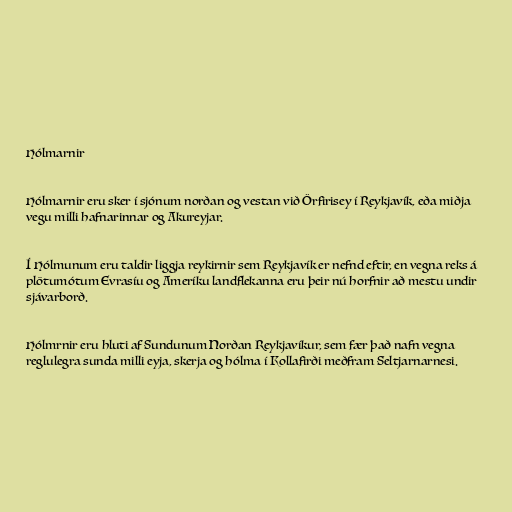
Hólmarnir

Hólmarnir eru sker í sjónum norðan og vestan við Örfirisey í Reykjavík, eða miðja
vegu milli hafnarinnar og Akureyjar.

Í Hólmunum eru taldir liggja reykirnir sem Reykjavík er nefnd eftir, en vegna reks á
plötumótum Evrasíu og Ameríku landflekanna eru þeir nú horfnir að mestu undir
sjávarborð.

Hólmrnir eru hluti af Sundunum Norðan Reykjavíkur, sem fær það nafn vegna
reglulegra sunda milli eyja, skerja og hólma í Kollafirði meðfram Seltjarnarnesi.